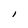
Character: l